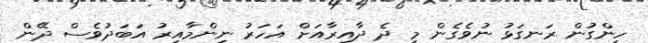
ހިންގުން ރަނގަޅު ނުވެގެން މި ދެ ދާއިރާއަށް އަހަރު ނިންމާއިރު އަބަދުވެސް ދޭން